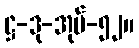
ဋ္ဌ-ဒု-အုပ်-၅၂။